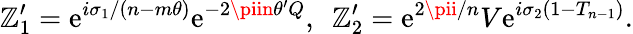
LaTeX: \mathbb{Z}_{1}^{\prime}=\mathrm{e}^{i\sigma_{1}/(n-m\theta)}\mathrm{e}^{-2\piin\theta^{\prime}Q},~~\mathbb{Z}_{2}^{\prime}=\mathrm{e}^{2\pii/n}V\mathrm{e}^{i\sigma_{2}(1-T_{n-1})}.